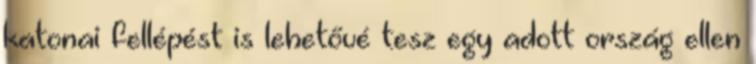
katonai fellépést is lehetővé tesz egy adott ország ellen